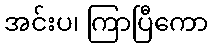
အင်းပ၊ ကြာပြီကော